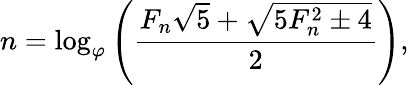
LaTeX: n=\log_{\varphi}\left({\frac{F_{n}{\sqrt{5}}+{\sqrt{5F_{n}^{2}\pm 4}}}{2}}\right),